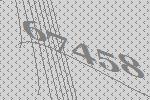
67458